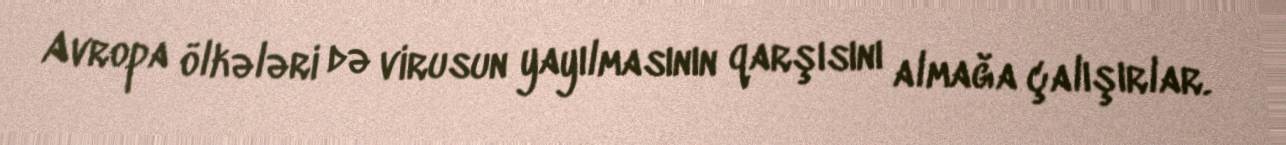
Avropa ölkələri də virusun yayılmasının qarşısını almağa çalışırlar.